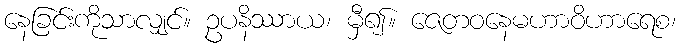
နေခြင်းကိုသာလျှင်။ ဥပနိဿာယ၊ မှီ၍။ ဇေတဝနေမဟာဝိဟာရေစ၊